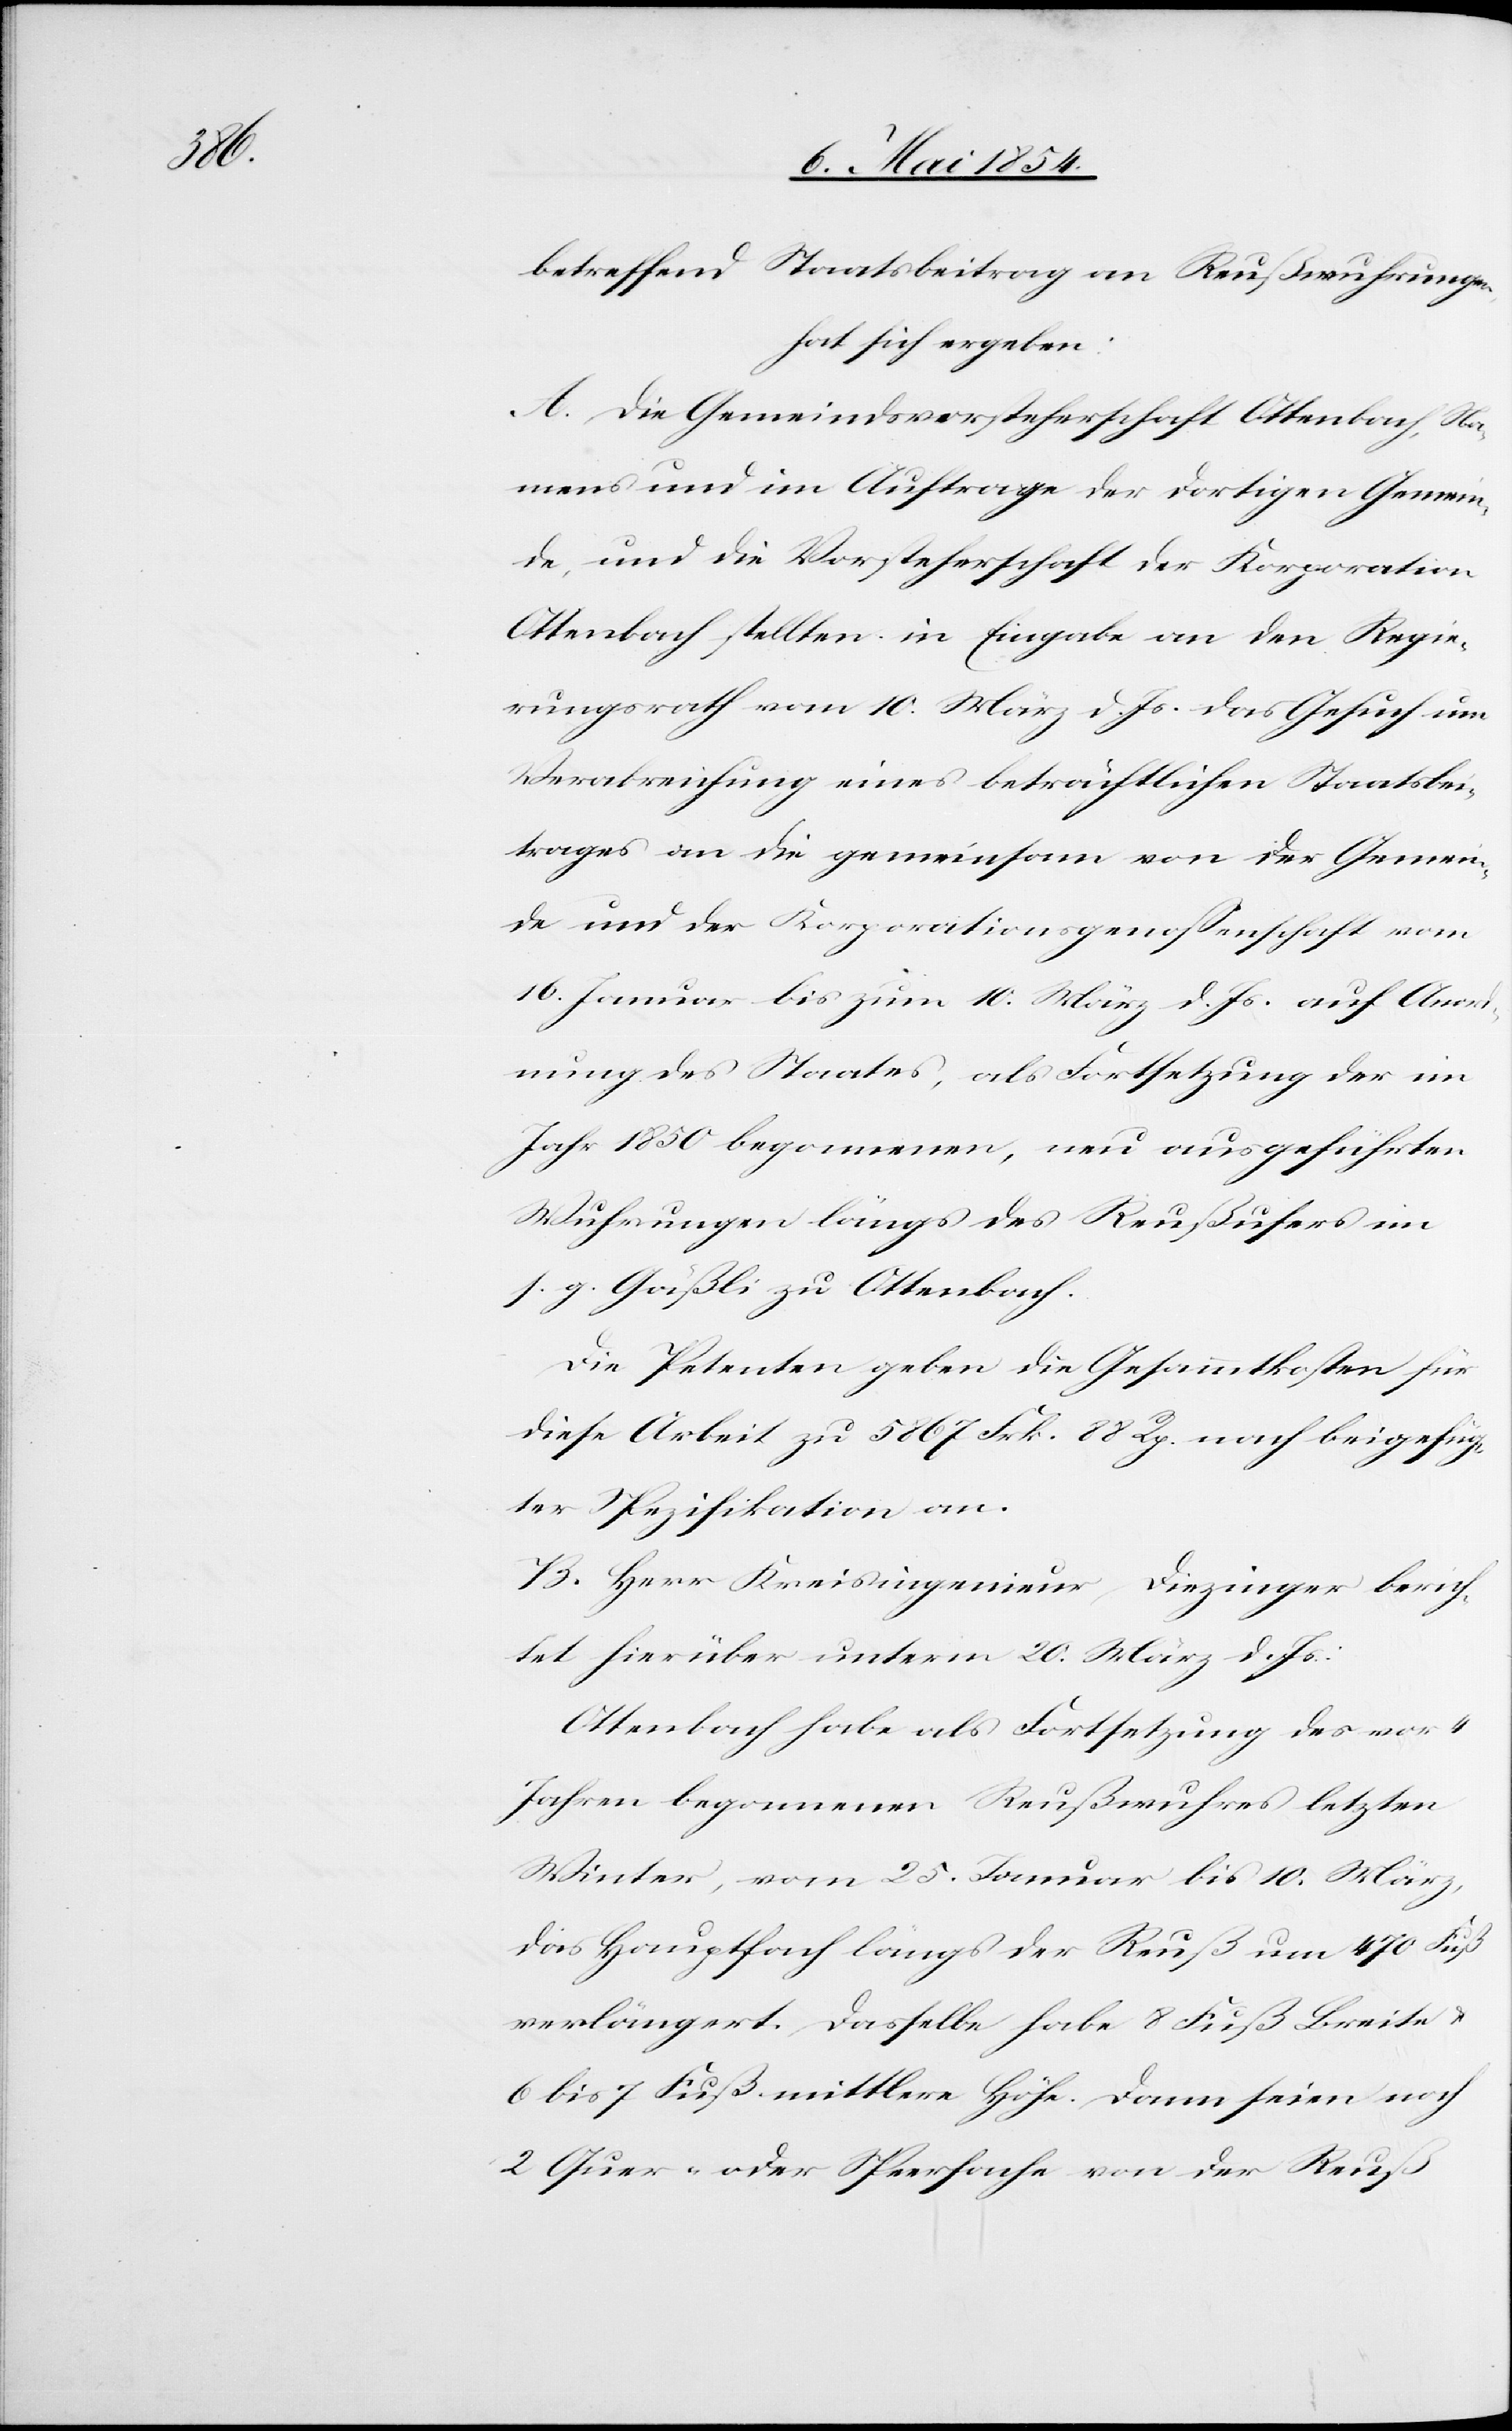
betreffend Staatsbeitrag an Reußwuhrungen,
hat sich ergeben:
A. Die Gemeindsvorsteherschaft Ottenbach, Na¬
mens und im Auftrage der dortigen Gemein¬
de, und die Vorsteherschaft der Korporation
Ottenbach stellten in Eingabe an den Regie¬
rungsrath vom 10. März d. Js. das Gesuch um
Verabreichung eines beträchtlichen Staatsbei¬
trages an die gemeinsam von der Gemein¬
de und der Korporationsgenoßenschaft vom
16. Januar bis zum 10. März d. Js. auf Anord¬
nung des Staates, als Fortsetzung der im
Jahr 1850 begonnenen, neu ausgeführten
Wuhrungen längs des Reußufers im
s. g. Gäßli zu Ottenbach.
Die Petenten geben die Gesammtkosten für
diese Arbeit zu 5867 Frk. 88 Rp. nach beigefüg¬
ter Spezifikation an.
B. Herr Kreisingenieur Diezinger berich¬
tet hierüber unterm 20. März d. Js.:
Ottenbach habe als Fortsetzung des vor 4
Jahren begonnen Reußwuhres letzten
Winter, vom 25. Januar bis 10. März,
das Hauptfach längs der Reuß um 470 Fuß
verlängert. Dasselbe habe 8 Fuß Breite
6 bis 7 Fuß mittlere Höhe. Dann seien noch
2 Quer- oder Speerfache von der Reuß